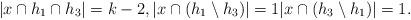
LaTeX: \begin{align*}|x \cap h_1 \cap h_3| = k - 2, |x \cap (h_1 \setminus h_3)| = 1 |x \cap (h_3 \setminus h_1)| = 1.\end{align*}